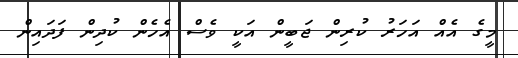
މީގެ އެއް އަހަރު ކުރިން ޖަބީން އަކީ ވެސް އެހެން ކުދިން ފަދައިން